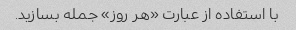
با استفاده از عبارت «هر روز» جمله بسازید.